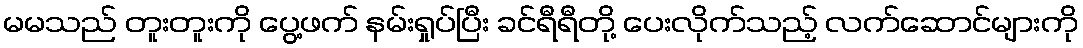
မမသည် တူးတူးကို ပွေ့ဖက် နမ်းရှုပ်ပြီး ခင်ရီရီတို့ ပေးလိုက်သည့် လက်ဆောင်များကို